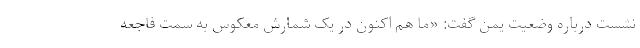
نشست درباره وضعیت یمن گفت: «ما هم اکنون در یک شمارش معکوس به سمت فاجعه